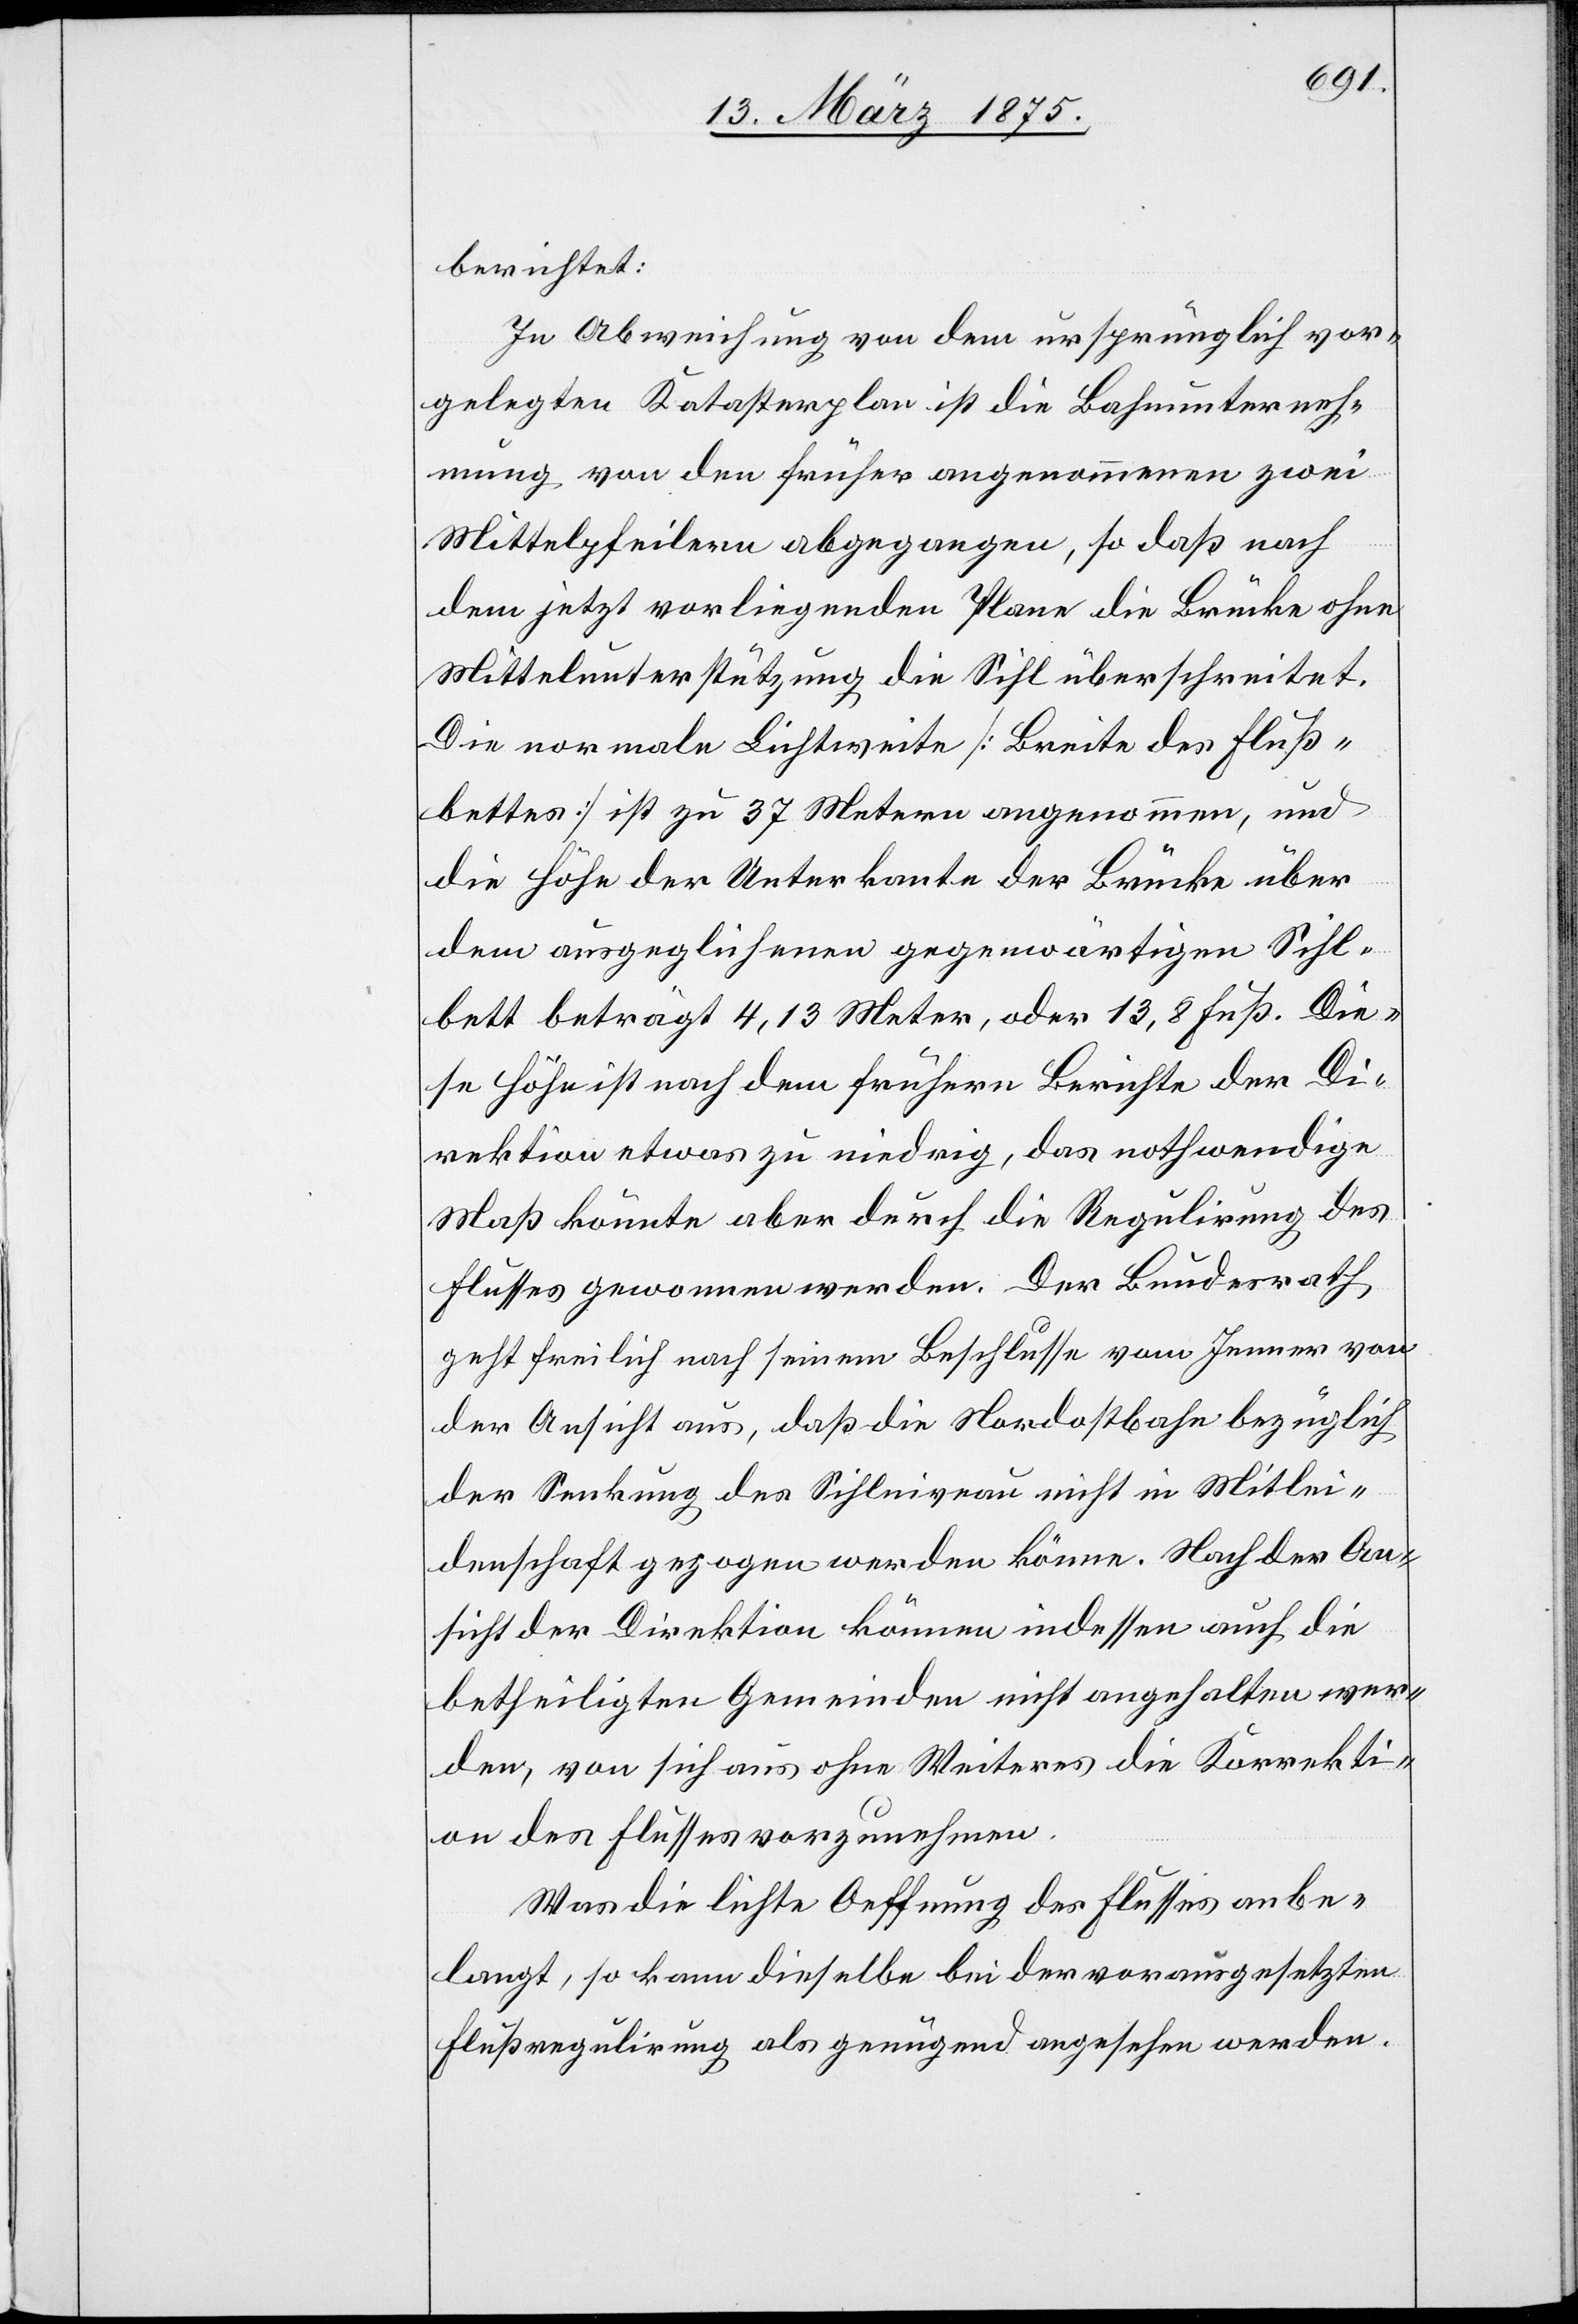
berichtet:
In Abweichung von dem ursprünglich vor¬
gelegten Katasterplan ist die Bahnunterneh¬
mung von den früher angenommenen zwei
Mittelpfeilern abgegangen, so daß nach
dem jetzt vorliegenden Plan die Brücke ohne
Mittelunterstützung die Sihl überschreitet.
Die normale Lichtweite [Breite des Fluß¬
bettes] ist zu 37 Metern angenommen, und
die Höhe der Unterkante der Brücke über
dem ausgeglichenen gegenwärtigen Sihl¬
bett beträgt 4,13 Meter, oder 13,8 Fuß. Die¬
se Höhe ist nach dem frühern Berichte der Di¬
rektion etwas zu niedrig, das nothwendige
Maß könnte aber durch die Regulirung des
Flusses gewonnen werden. Der Bundesrath,
geht freilich nach seinem Beschlusse vom Jenner von
der Ansicht aus, daß die Nordostahn bezüglich
der Senkung des Sihlniveau nicht in Mitlei¬
denschaft gezogen werden könne. Nach der An¬
sicht der Direktion können indessen auch die
betheiligten Gemeinden nicht angehalten wer¬
den, von sich aus ohne Weiteres die Korrekti¬
on des Flusses vorzunehmen.
Was die lichte Oeffnung des Flusses anbe¬
langt, so kann dieselbe bei der vorausgesetzten
Flußregulirung als genügend angesehen werden.